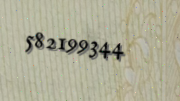
582199344